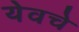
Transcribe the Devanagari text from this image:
येवचे